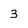
Character: 3